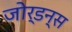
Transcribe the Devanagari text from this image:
जोर्डन्स